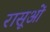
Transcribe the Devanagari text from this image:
रासूओं